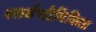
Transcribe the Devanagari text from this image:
सार्वभौमिकिता